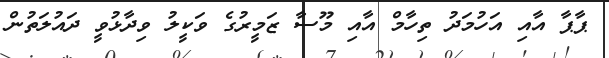
ޕާޕާ އާއި އަހުމަދު ތިހާމް އާއި މޫސާ ޒަމީރުގެ ވަކީލު ވިދާޅުވީ ދައުލަތުން